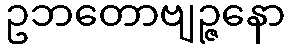
ဥဘတောဗျဉ္ဇနော